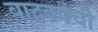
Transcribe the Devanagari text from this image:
वादकांची